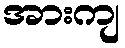
အားကျ